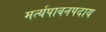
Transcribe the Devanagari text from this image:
मर्त्यपावनपदाय